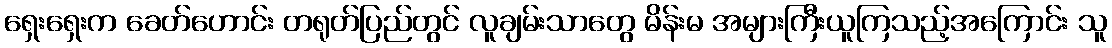
ရှေးရှေးက ခေတ်ဟောင်း တရုတ်ပြည်တွင် လူချမ်းသာတွေ မိန်းမ အများကြီးယူကြသည့်အကြောင်း သူ